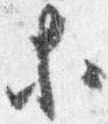
等